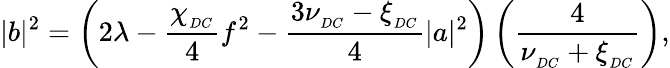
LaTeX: |b|^{2}=\left(2\lambda-\frac{\chi_{_{DC}}}{4}f^{2}-\frac{3\nu_{_{DC}}-\xi_{_{DC}}}{4}|a|^{2}\right)\left(\frac{4}{\nu_{_{DC}}+\xi_{_{DC}}}\right),